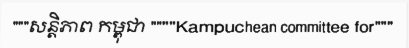
"""សន្តិភាព កម្ពុជា """"Kampuchean committee for"""